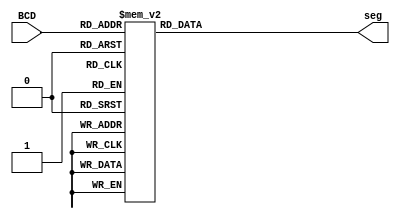
// This program was cloned from: https://github.com/matthewdelorenzo/CreativEval
// License: BSD 3-Clause "New" or "Revised" License

module top(BCD, seg);	//bcd to 7segment decoder
							//** the design is for ACTIVE LOW 7 segment
/*
7 segment view
	----a----		Pin		Segment
   |         |		1		e
   |         |		2		d
   f         b		3		common anode
   |         |		4		c
    ----g----		5		dot point
   |         |		6		b
   e         c		7		a
   |         |		8		common anode
   |         |		9		f
    ----d----		10		g
    
    =====================================
            OUTPUT OF THIS CODE
    =====================================
    seg[6] = a	seg[5] = b	seg[4] = c
    seg[3] = d	seg[2] = e	seg[1] = f
				seg[0]= g
*/
input wire [3:0] BCD;
output reg [6:0] seg;

always@(BCD)
begin
	case(BCD)
		4'b0000: seg = 7'b0000001;
		4'b0001: seg = 7'b1001111;
		4'b0010: seg = 7'b0010010;
		4'b0011: seg = 7'b0000110;
		4'b0100: seg = 7'b1001100;
		4'b0101: seg = 7'b0100100;
		4'b0110: seg = 7'b0100000;
		4'b0111: seg = 7'b0001111;
		4'b1000: seg = 7'b0000000;
		4'b1001: seg = 7'b0000100;
		default: seg = 7'b0110000;
		endcase
end
endmodule